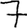
Digit: 7